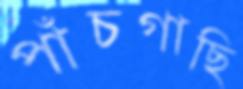
পাঁচগাছি